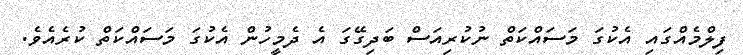
ފިލްމެއްގައި އެކުގަ މަސައްކަތް ނުކުރިއަސް ބަދިގޭގަ އެ ދެމީހުން އެކުގަ މަސައްކަތް ކުރެއެވެ.